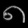
Digit: ၈